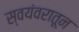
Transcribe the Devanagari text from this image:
स्वयंवरातून